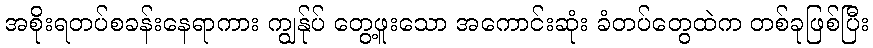
အစိုးရတပ်စခန်းနေရာကား ကျွန်ုပ် တွေ့ဖူးသော အကောင်းဆုံး ခံတပ်တွေထဲက တစ်ခုဖြစ်ပြီး